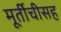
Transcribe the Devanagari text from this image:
मूर्तीचीसह